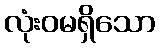
လုံးဝမရှိသော